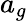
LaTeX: a_{g}